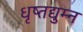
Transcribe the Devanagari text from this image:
धृष्तद्युम्न